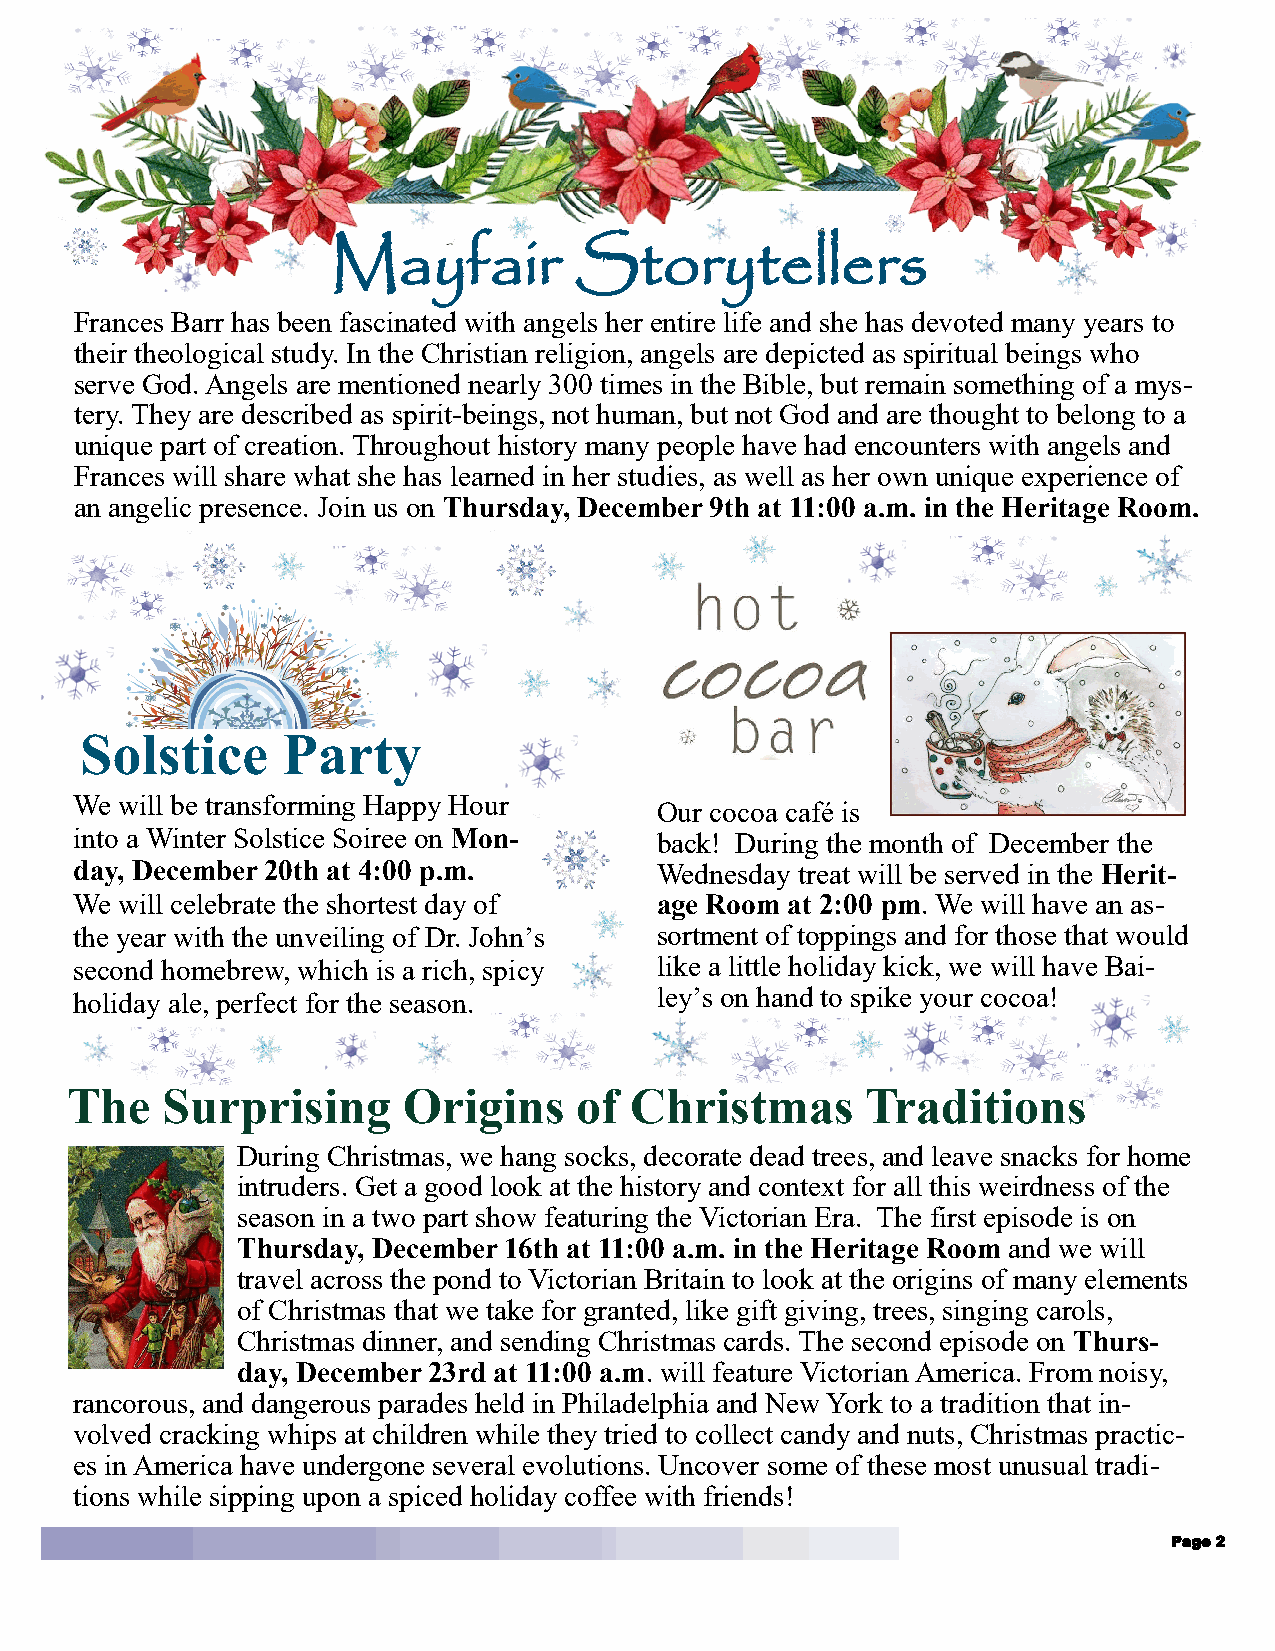
Mayfair         Storytellers
 Frances Barr has been fascinated with angels her entire life and she has devoted many years to
 their theological study. In the Christian religion, angels are depicted as spiritual beings who
 serve God. Angels are mentioned nearly 300 times in the Bible, but remain something of a mys-
 tery. They are described as spirit-beings, not human, but not God and are thought to belong to a
 unique part of creation. Throughout history many people have had encounters with angels and
 Frances will share what she has learned in her studies, as well as her own unique experience of
 an angelic presence. Join us on Thursday, December 9th at 11:00 a.m. in the Heritage Room.
 Solstice      Party
 We will be transforming Happy Hour
 Our cocoa café is
 into a Winter Solstice Soiree on Mon- back! During the month of December the
 day, December 20th at 4:00 p.m.       Wednesday treat will be served in the Herit-
 We will celebrate the shortest day of age Room at 2:00 pm. We will have an as-
 the year with the unveiling of Dr. John’s sortment of toppings and for those that would
 second homebrew, which is a rich, spicy like a little holiday kick, we will have Bai-
 holiday ale, perfect for the season.  ley’s on hand to spike your cocoa!
 The    Surprising      Origins    of  Christmas      Traditions
 During Christmas, we hang socks, decorate dead trees, and leave snacks for home
 intruders. Get a good look at the history and context for all this weirdness of the
 season in a two part show featuring the Victorian Era. The first episode is on
 Thursday, December 16th at 11:00 a.m. in the Heritage Room and we will
 travel across the pond to Victorian Britain to look at the origins of many elements
 of Christmas that we take for granted, like gift giving, trees, singing carols,
 Christmas dinner, and sending Christmas cards. The second episode on Thurs-
 day, December 23rd at 11:00 a.m. will feature Victorian America. From noisy,
 rancorous, and dangerous parades held in Philadelphia and New York to a tradition that in-
 volved cracking whips at children while they tried to collect candy and nuts, Christmas practic-
 es in America have undergone several evolutions. Uncover some of these most unusual tradi-
 tions while sipping upon a spiced holiday coffee with friends!
 Page 2